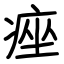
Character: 痤